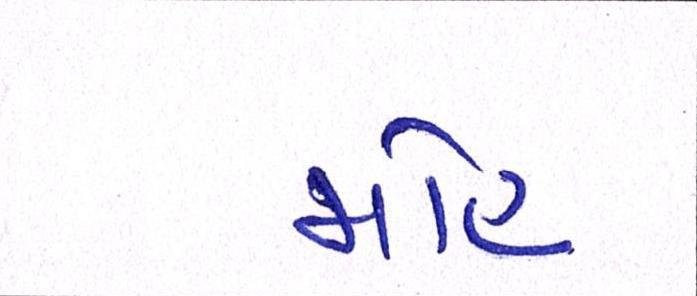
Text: મોહ